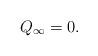
LaTeX: \begin{align*}Q_{\infty }=0. \end{align*}